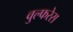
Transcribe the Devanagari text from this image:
वुल्फरेस